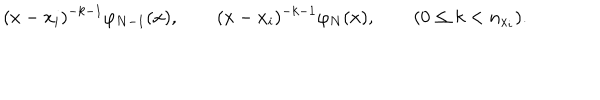
( x - x _ { i } ) ^ { - k - 1 } \varphi _ { N - 1 } ( x ) , \qquad ( x - x _ { i } ) ^ { - k - 1 } \varphi _ { N } ( x ) , \qquad ( 0 \le k < n _ { x _ { i } } ) .